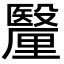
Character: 𮡠